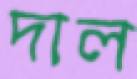
দাল